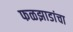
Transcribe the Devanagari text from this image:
फळझाडांचा